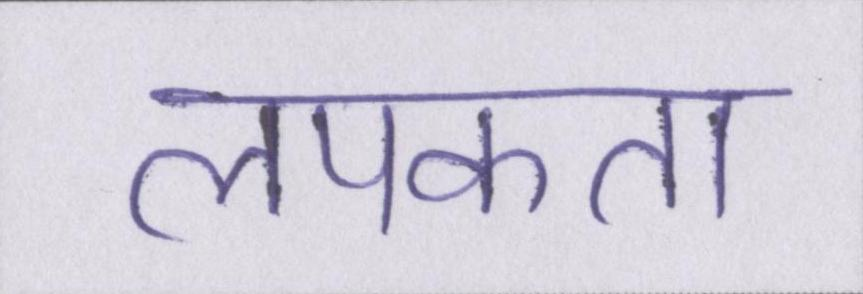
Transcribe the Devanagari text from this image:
लपकता